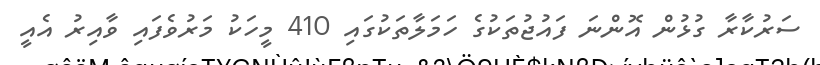
ސަރުކާރާ ގުޅުން އޮންނަ ފައުޖުތަކުގެ ހަމަލާތަކުގައި 410 މީހަކު މަރުވެފައި ވާއިރު އެއީ